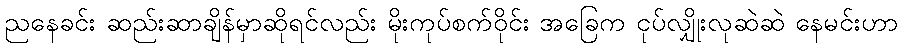
ညနေခင်း ဆည်းဆာချိန်မှာဆိုရင်လည်း မိုးကုပ်စက်ဝိုင်း အခြေက ငုပ်လျှိုးလုဆဲဆဲ နေမင်းဟာ